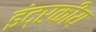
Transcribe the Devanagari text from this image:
इंद्रकीय